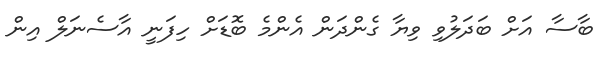
ބާސާ އަށް ބަދަލުވި ވިޔާ ގެންދަން އެންމެ ބޮޑަށް ހިފަނީ އާސެނަލް އިން